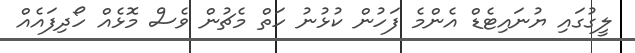
ލީގުގައި ޔުނައިޓެޑް އެންމެ ފަހުން ކުޅުނު ހަތް މެޗުން ވެސް މޮޅެއް ހޯދިފައެއް